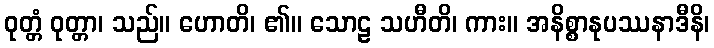
ဝုတ္တံ ဝုတ္တာ၊ သည်။ ဟောတိ၊ ၏။ သောဠ သဟီတိ၊ ကား။ အနိစ္စာနုပဿနာဒီနိ၊